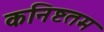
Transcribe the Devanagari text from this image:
कनिष्टतम